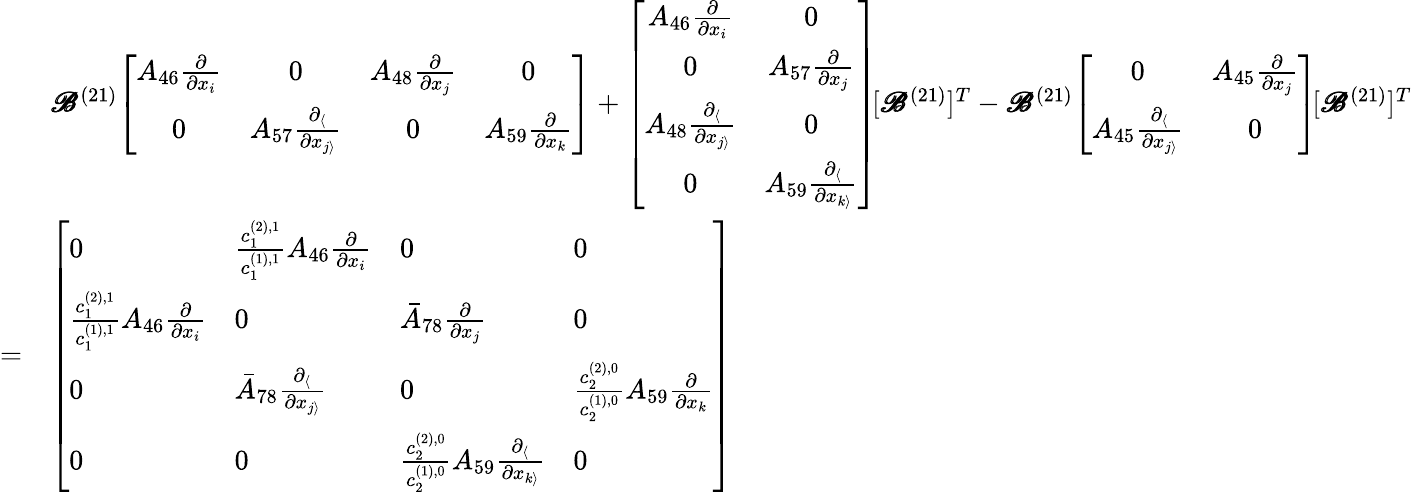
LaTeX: \begin{array}{rl}&{\pmb{\mathscr{B}}^{(21)}\! \left[\begin{array}{cccc}{A_{46}\frac{\partial}{\partial x_{i}}}&{0}&{A_{48}\frac{\partial}{\partial x_{j}}}&{0}\\ {0}&{A_{57}\frac{\partial_{\langle}}{\partial x_{j\rangle}}}&{0}&{A_{59}\frac{\partial}{\partial x_{k}}}\end{array}\right]+\left[\begin{array}{cc}{A_{46}\frac{\partial}{\partial x_{i}}}&{0}\\ {0}&{A_{57}\frac{\partial}{\partial x_{j}}}\\ {A_{48}\frac{\partial_{\langle}}{\partial x_{j\rangle}}}&{0}\\ {0}&{A_{59}\frac{\partial_{\langle}}{\partial x_{k\rangle}}}\end{array}\right]\! [\pmb{\mathscr{B}}^{(21)}]^{T}-\pmb{\mathscr{B}}^{(21)}\! \left[\begin{array}{cc}{0}&{A_{45}\frac{\partial}{\partial x_{j}}}\\ {A_{45}\frac{\partial_{\langle}}{\partial x_{j\rangle}}}&{0}\end{array}\right]\! [\pmb{\mathscr{B}}^{(21)}]^{T}}\\ {=}&{\left[\begin{array}{llll}{0}&{\frac{c_{1}^{(2),1}}{c_{1}^{(1),1}}A_{46}\frac{\partial}{\partial x_{i}}}&{0}&{0}\\ {\frac{c_{1}^{(2),1}}{c_{1}^{(1),1}}A_{46}\frac{\partial}{\partial x_{i}}}&{0}&{\bar{A}_{78}\frac{\partial}{\partial x_{j}}}&{0}\\ {0}&{\bar{A}_{78}\frac{\partial_{\langle}}{\partial x_{j\rangle}}}&{0}&{\frac{c_{2}^{(2),0}}{c_{2}^{(1),0}}A_{59}\frac{\partial}{\partial x_{k}}}\\ {0}&{0}&{\frac{c_{2}^{(2),0}}{c_{2}^{(1),0}}A_{59}\frac{\partial_{\langle}}{\partial x_{k\rangle}}}&{0}\end{array}\right]}\end{array}